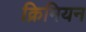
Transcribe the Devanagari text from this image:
क्रिमियन